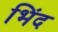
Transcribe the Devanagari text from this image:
भिंद